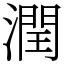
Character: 潤